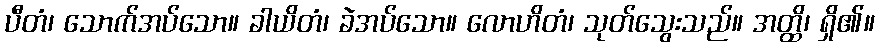
ပီတံ၊ သောက်အပ်သော။ ခါယိတံ၊ ခဲအပ်သော။ လောဟိတံ၊ သုတ်သွေးသည်။ အတ္ထိ၊ ရှိ၏။